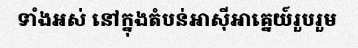
ទាំងអស់ នៅក្នុងតំបន់អាស៊ីអាគ្នេយ៍រួបរួម